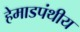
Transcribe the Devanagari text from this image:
हेमाडपंथीय